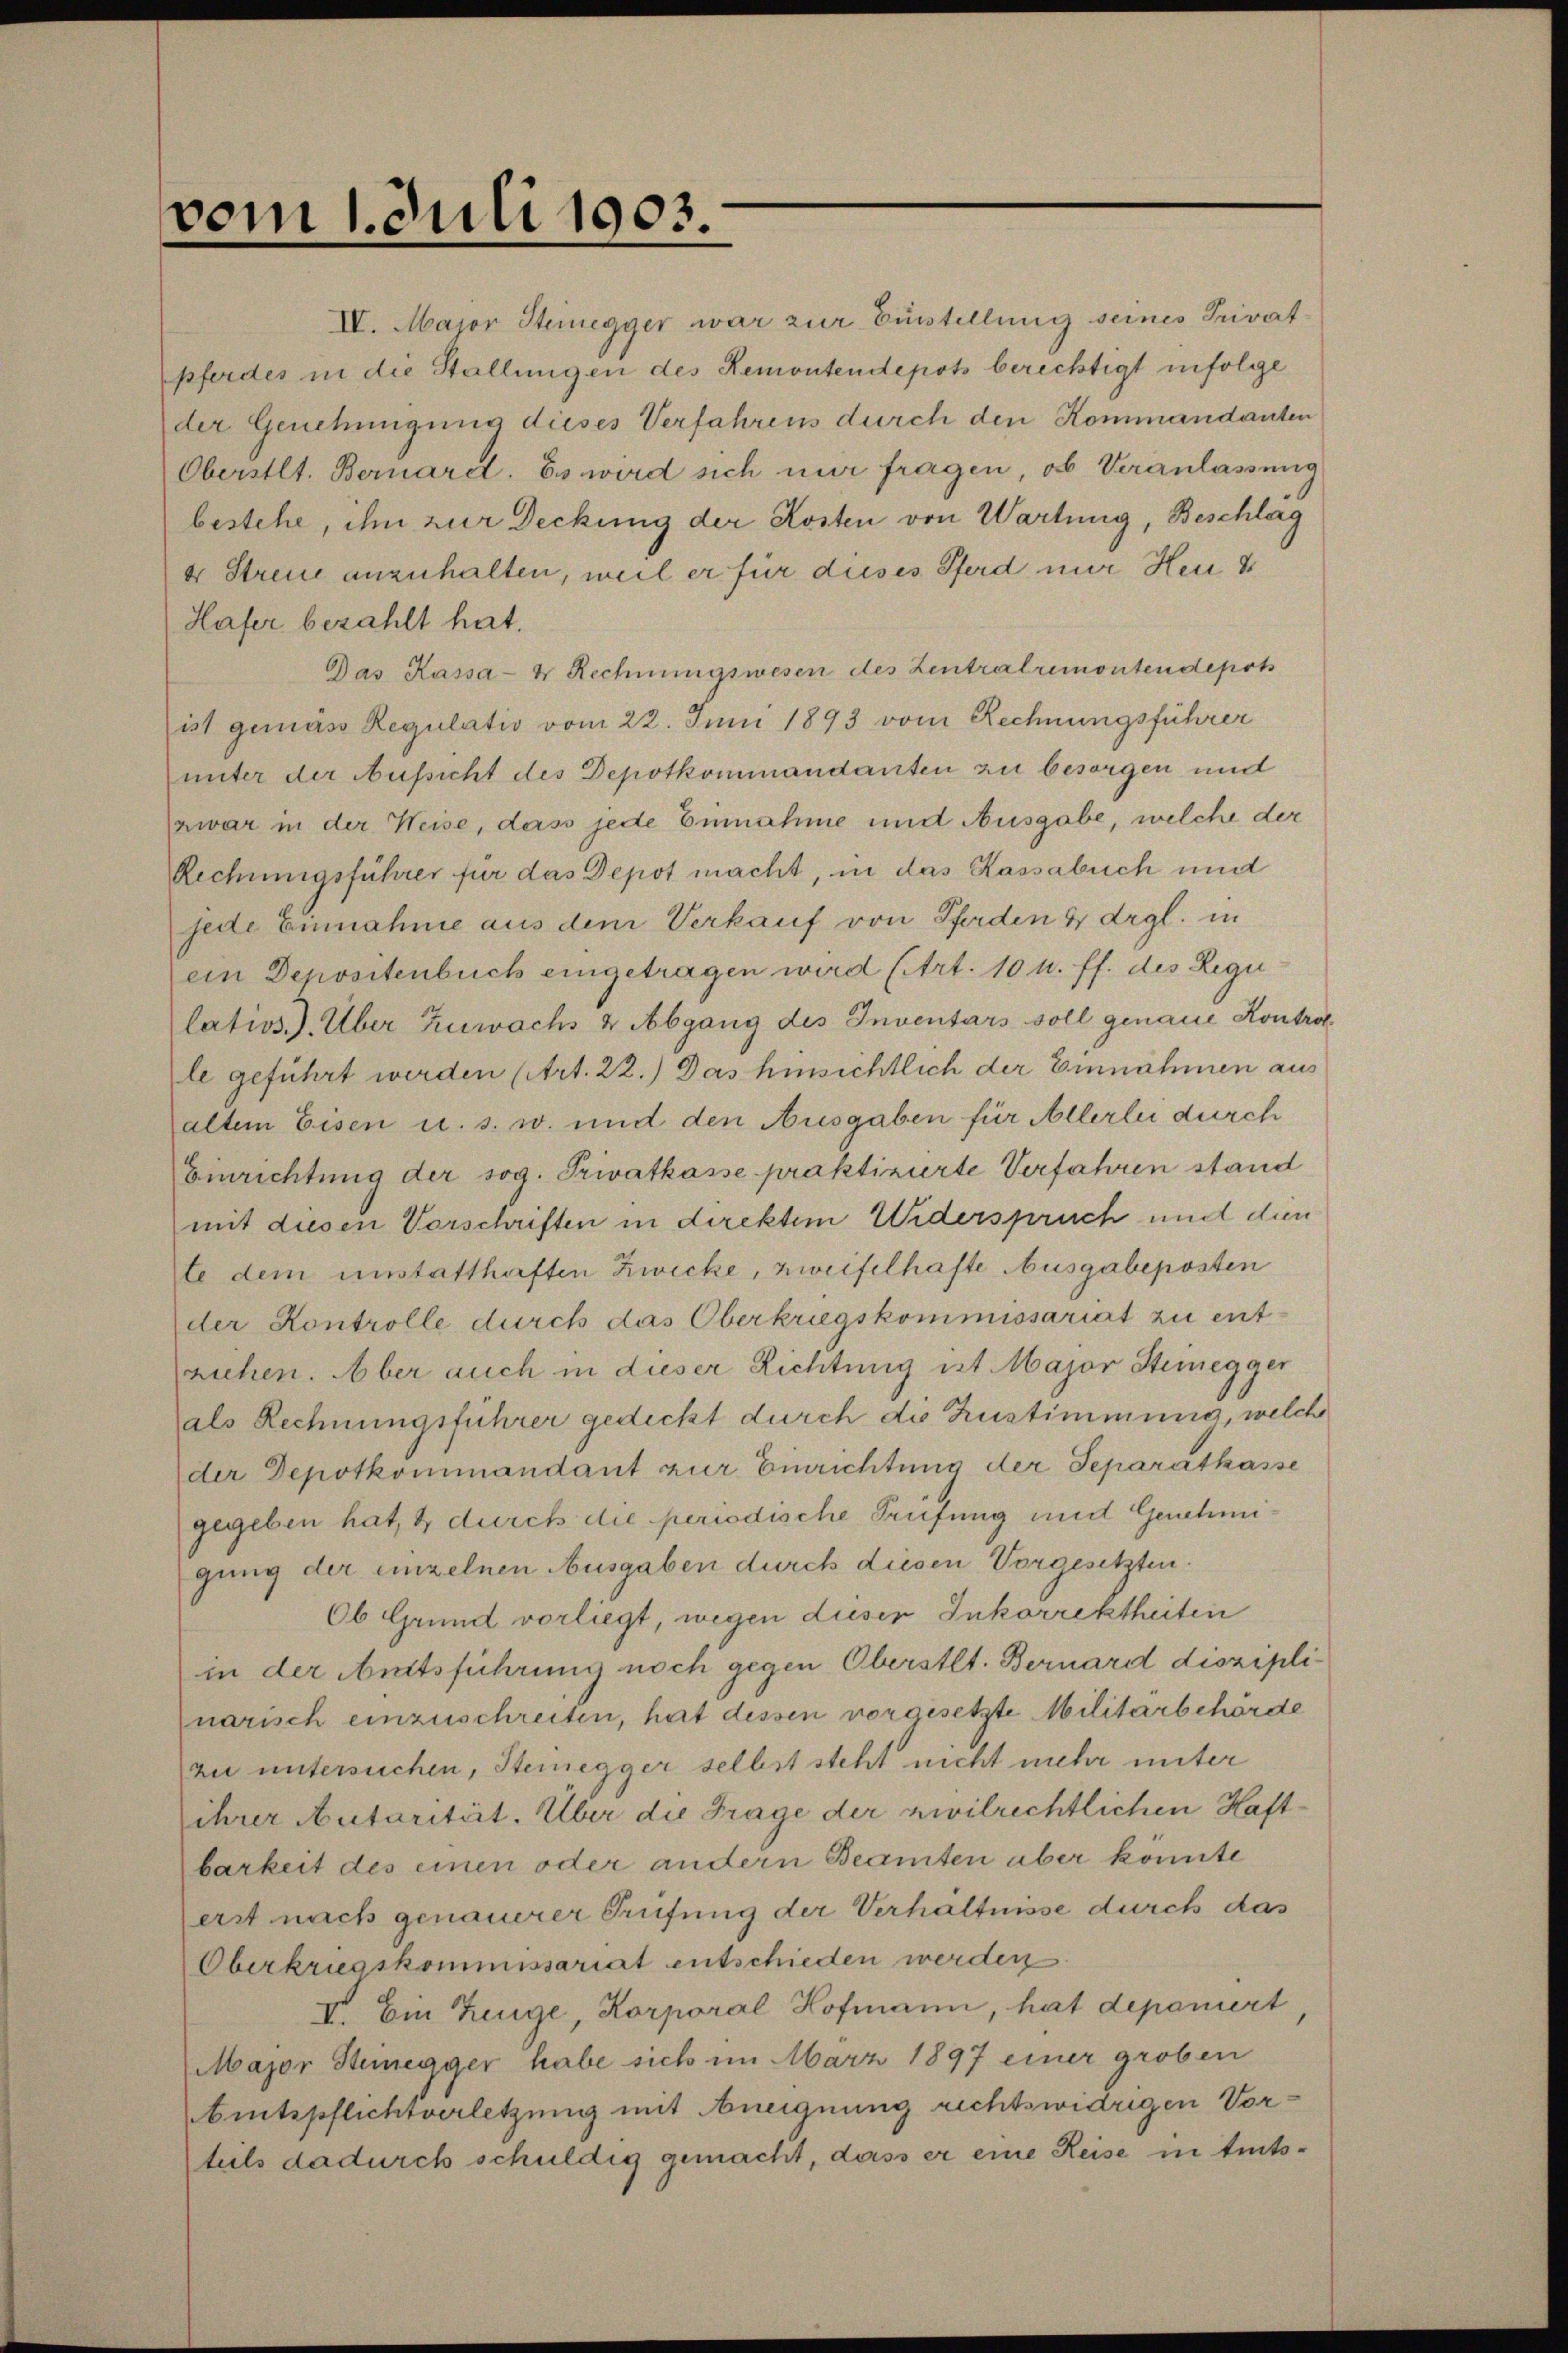
vom 1. Juli 1903.

Hafer bezahlt hat.
Das Kassa- & Rechnungswesen des Zentralremontendepots
ist gemass Regulativ vom 22. Juni 1893 vom Rechnungsführer
unter der Aufsicht des Depotkommandanten zu besorgen und
zwar in der Weise, dass jede Einnahme und Ausgabe, welche der
Rechnungsführer für das Depot macht, in das Kassabuch und
jede Einnahme aus dem Verkauf von Pferden 4 drgl. in
ein Depositenbuch eingetragen wird (Art. 10 u. ff. des Regu
latios.). Über Zuwachs & Abgang des Inventars soll genaue Kontra
le geführt werden (Art. 22.) Das hinsichtlich der Einnahmen aus
altem Eisen u. s. w. und den Ausgaben für Allerlei durch
Einrichtung der sog. Privatkasse praktizierte Verfahren stand
mit diesen Vorschriften in direktem Widerspruch und dien
te dem unstatthaften Zwecke, zweifelhafte Ausgabeposten
der Kontrolle durch das Oberkriegskommissariat zu ent-
ziehen. Aber auch in dieser Richtung ist Major Steinegger
als Rechnungsführer gedeckt durch die Zustimmung, welch
der Depotkommandant zur Einrichtung der Separatkasse
gegeben hat, & durch die periodische Prüfung und Genehmigung der einzelnen Ausgaben durch diesen Vorgesetzten.
Ob Grund vorliegt, wegen dieser Inkorrektheiten
in der Amtsführung noch gegen Oberstet. Bernard diszipli
narisch einzuschreiten, hat dessen vorgesetzte Militärbehörde
zu untersuchen, Steinegger selbst steht nicht mehr unter
ihrer Autorität. Über die Frage der zivilrechtlichen Haftbarkeit des einen oder andern Beamten aber konnte
erst nach genauerer Prüfung der Verhältnisse durch das
Oberkriegskommissariat entschieden werden
V. Ein Zeuge, Korporal Hofmann, hat deponiert
Major Steinegger habe sich im März 1897 einer groben
Amtspflichtverletzung mit Aneignung rechtswidrigen Vorteils dadurch schuldig gemacht, dass er eine Reise in teuts¬

IV. Major Steinegger war zur Einstellung seines Privatpferdes in die Stallungen des Remontendepots berechtigt infolge
der Genehmigung dieses Verfahrens durch den Kommandanten
Oberstlt. Bernard. Es wird sich nur fragen, ob Veranlassung
bestehe, ihm zur Deckung der Kosten von Wartung, Beschläg
er Streue anzuhalten, weil er für dieses Pferd nur Heu u

o.